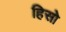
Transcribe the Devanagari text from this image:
हिसो